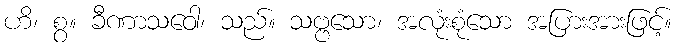
ဟိ၊ စွ။ ခီဏာသဝေါ၊ သည်။ သဗ္ဗသော၊ အလုံးစုံသော အပြားအားဖြင့်။